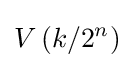
V\left(k/2^{n}\right)